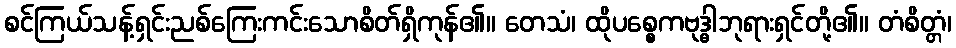
စင်ကြယ်သန့်ရှင်းညစ်ကြေးကင်းသောစိတ်ရှိကုန်၏။ တေသံ၊ ထိုပစ္စေကဗုဒ္ဓါဘုရားရှင်တို့၏။ တံစိတ္တံ၊